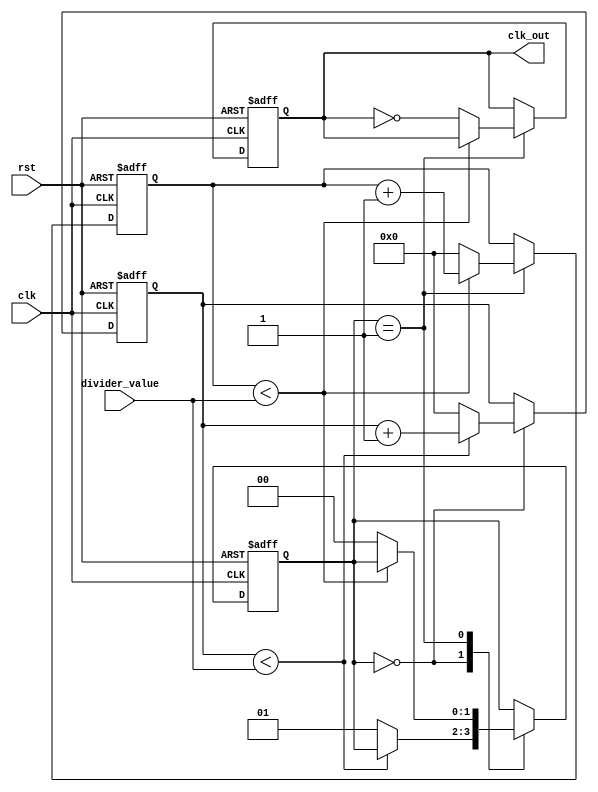
module floating_point_clock_divider (
    input wire clk,
    input wire rst,
    input wire [31:0] divider_value,
    output reg clk_out
);

reg [31:0] count;
reg [1:0] state;
reg [31:0] accumulator;
wire tick;

always @(posedge clk or posedge rst) begin
    if (rst) begin
        count <= 0;
        state <= 2'b00;
        accumulator <= 0;
        clk_out <= 0;
    end else begin
        case (state)
            2'b00: begin // Idle state
                if (count <  divider_value) begin
                    count <= count + 1;
                end else begin
                    count <= 0;
                    state <= 2'b01;
                end
            end
            2'b01: begin // Division state
                if (accumulator < divider_value) begin
                    accumulator <= accumulator + 1;
                end else begin
                    accumulator <= 0;
                    state <= 2'b00;
                    clk_out <= ~clk_out;
                end
            end
        endcase
    end
end

endmodule